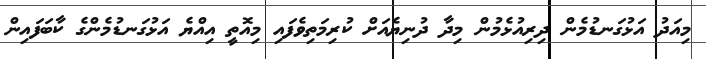
މިއަދު އަޅުގަނޑުމެން ދިރިއުޅެމުން މިދާ ދުނިޔެއަށް ކުރިމަތިވެފައި މިއޮތީ އިއްޔެ އަޅުގަނޑުމެންގެ ކާބަފައިން